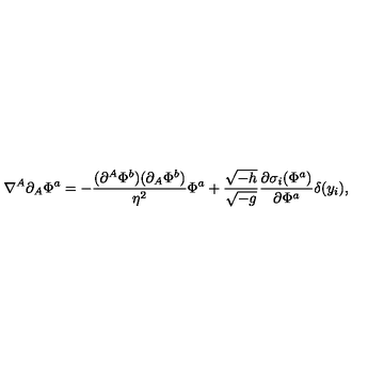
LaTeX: \nabla ^ { A } \partial _ { A } \Phi ^ { a } = - { \frac { ( \partial ^ { A } \Phi ^ { b } ) ( \partial _ { A } \Phi ^ { b } ) } { \eta ^ { 2 } } } \Phi ^ { a } + { \frac { \sqrt { - h } } { \sqrt { - g } } } { \frac { \partial \sigma _ { i } ( \Phi ^ { a } ) } { \partial \Phi ^ { a } } } \delta ( y _ { i } ) ,